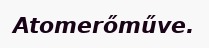
Atomerőműve.